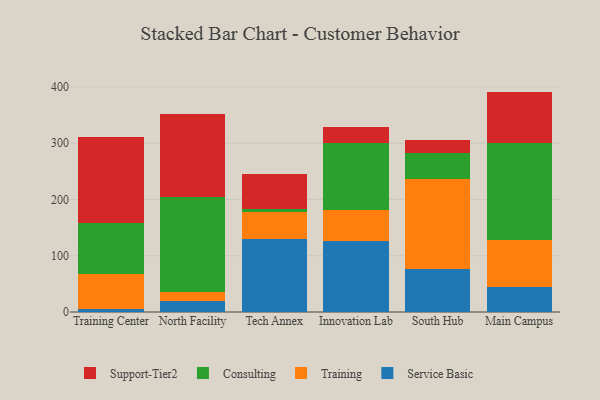
{"axis": {"x": "Campus", "y": "Shipments"}, "legend": ["Consulting", "Service Basic", "Support-Tier2", "Training"], "data": [{"x": "Training Center", "y": 6.1, "type": "Service Basic"}, {"x": "Training Center", "y": 61.8, "type": "Training"}, {"x": "Training Center", "y": 90.2, "type": "Consulting"}, {"x": "Training Center", "y": 153.5, "type": "Support-Tier2"}, {"x": "North Facility", "y": 19.0, "type": "Service Basic"}, {"x": "North Facility", "y": 16.3, "type": "Training"}, {"x": "North Facility", "y": 168.5, "type": "Consulting"}, {"x": "North Facility", "y": 147.8, "type": "Support-Tier2"}, {"x": "Tech Annex", "y": 130.0, "type": "Service Basic"}, {"x": "Tech Annex", "y": 47.9, "type": "Training"}, {"x": "Tech Annex", "y": 5.3, "type": "Consulting"}, {"x": "Tech Annex", "y": 62.4, "type": "Support-Tier2"}, {"x": "Innovation Lab", "y": 126.0, "type": "Service Basic"}, {"x": "Innovation Lab", "y": 54.4, "type": "Training"}, {"x": "Innovation Lab", "y": 120.7, "type": "Consulting"}, {"x": "Innovation Lab", "y": 28.4, "type": "Support-Tier2"}, {"x": "South Hub", "y": 76.8, "type": "Service Basic"}, {"x": "South Hub", "y": 160.4, "type": "Training"}, {"x": "South Hub", "y": 44.9, "type": "Consulting"}, {"x": "South Hub", "y": 22.8, "type": "Support-Tier2"}, {"x": "Main Campus", "y": 44.7, "type": "Service Basic"}, {"x": "Main Campus", "y": 82.7, "type": "Training"}, {"x": "Main Campus", "y": 172.1, "type": "Consulting"}, {"x": "Main Campus", "y": 92.1, "type": "Support-Tier2"}]}